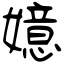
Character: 嬑